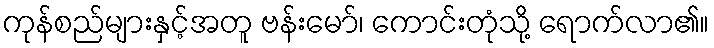
ကုန်စည်များနှင့်အတူ ဗန်းမော်၊ ကောင်းတုံသို့ ရောက်လာ၏။